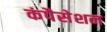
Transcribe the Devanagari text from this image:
कंपैसेशन